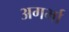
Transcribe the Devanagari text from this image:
अगर्भा